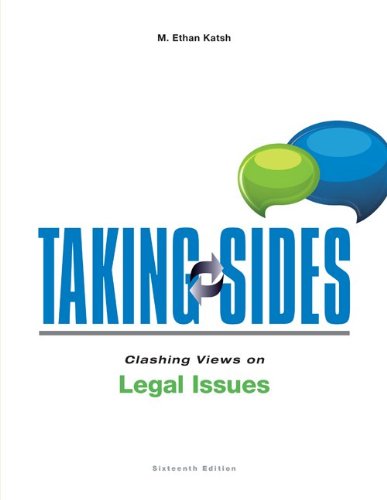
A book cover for Taking Sides: Clashing Views on Legal Issues, 16th Edition; M. Ethan Katsh; Law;